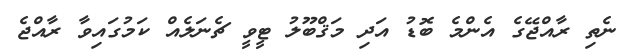
ނެތި ރާއްޖޭގެ އެންމެ ބޮޑު އަދި މަޤްބޫލު ޓީވީ ޗެނަލެއް ކަމުގައިވާ ރާއްޖެ